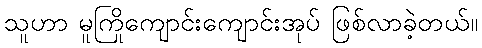
သူဟာ မူကြိုကျောင်းကျောင်းအုပ် ဖြစ်လာခဲ့တယ်။